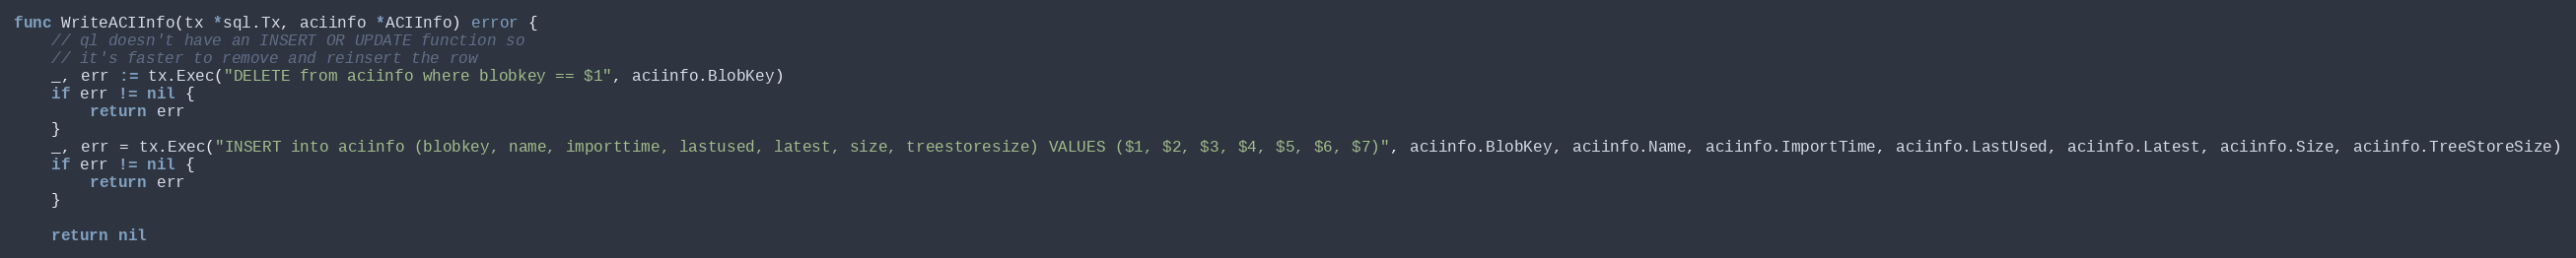
Language: Go
func WriteACIInfo(tx *sql.Tx, aciinfo *ACIInfo) error {
	// ql doesn't have an INSERT OR UPDATE function so
	// it's faster to remove and reinsert the row
	_, err := tx.Exec("DELETE from aciinfo where blobkey == $1", aciinfo.BlobKey)
	if err != nil {
		return err
	}
	_, err = tx.Exec("INSERT into aciinfo (blobkey, name, importtime, lastused, latest, size, treestoresize) VALUES ($1, $2, $3, $4, $5, $6, $7)", aciinfo.BlobKey, aciinfo.Name, aciinfo.ImportTime, aciinfo.LastUsed, aciinfo.Latest, aciinfo.Size, aciinfo.TreeStoreSize)
	if err != nil {
		return err
	}

	return nil